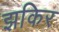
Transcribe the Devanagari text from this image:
झकिर